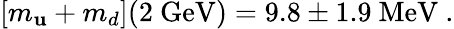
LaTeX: [m_{\mathbf{u}}+m_{d}](2\ \mathrm{{GeV}})=9.8\pm1.9\ \mathrm{{MeV}}\ .